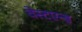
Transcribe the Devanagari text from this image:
वेस्टएन्ड